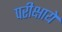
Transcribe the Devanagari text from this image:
परीक्षाये